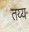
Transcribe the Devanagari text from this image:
तय्य